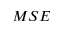
M S E